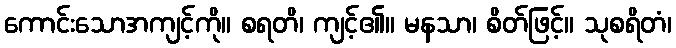
ကောင်းသောအကျင့်ကို။ စရတိ၊ ကျင့်၏။ မနသာ၊ စိတ်ဖြင့်။ သုစရိတံ၊